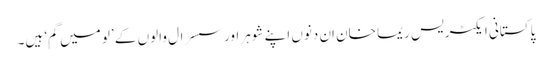
پاکستانی ایکٹریس ریما خان اِن دنوں اپنے شوہر اور سسرال والوں کے ’لو میں گم‘ ہیں۔